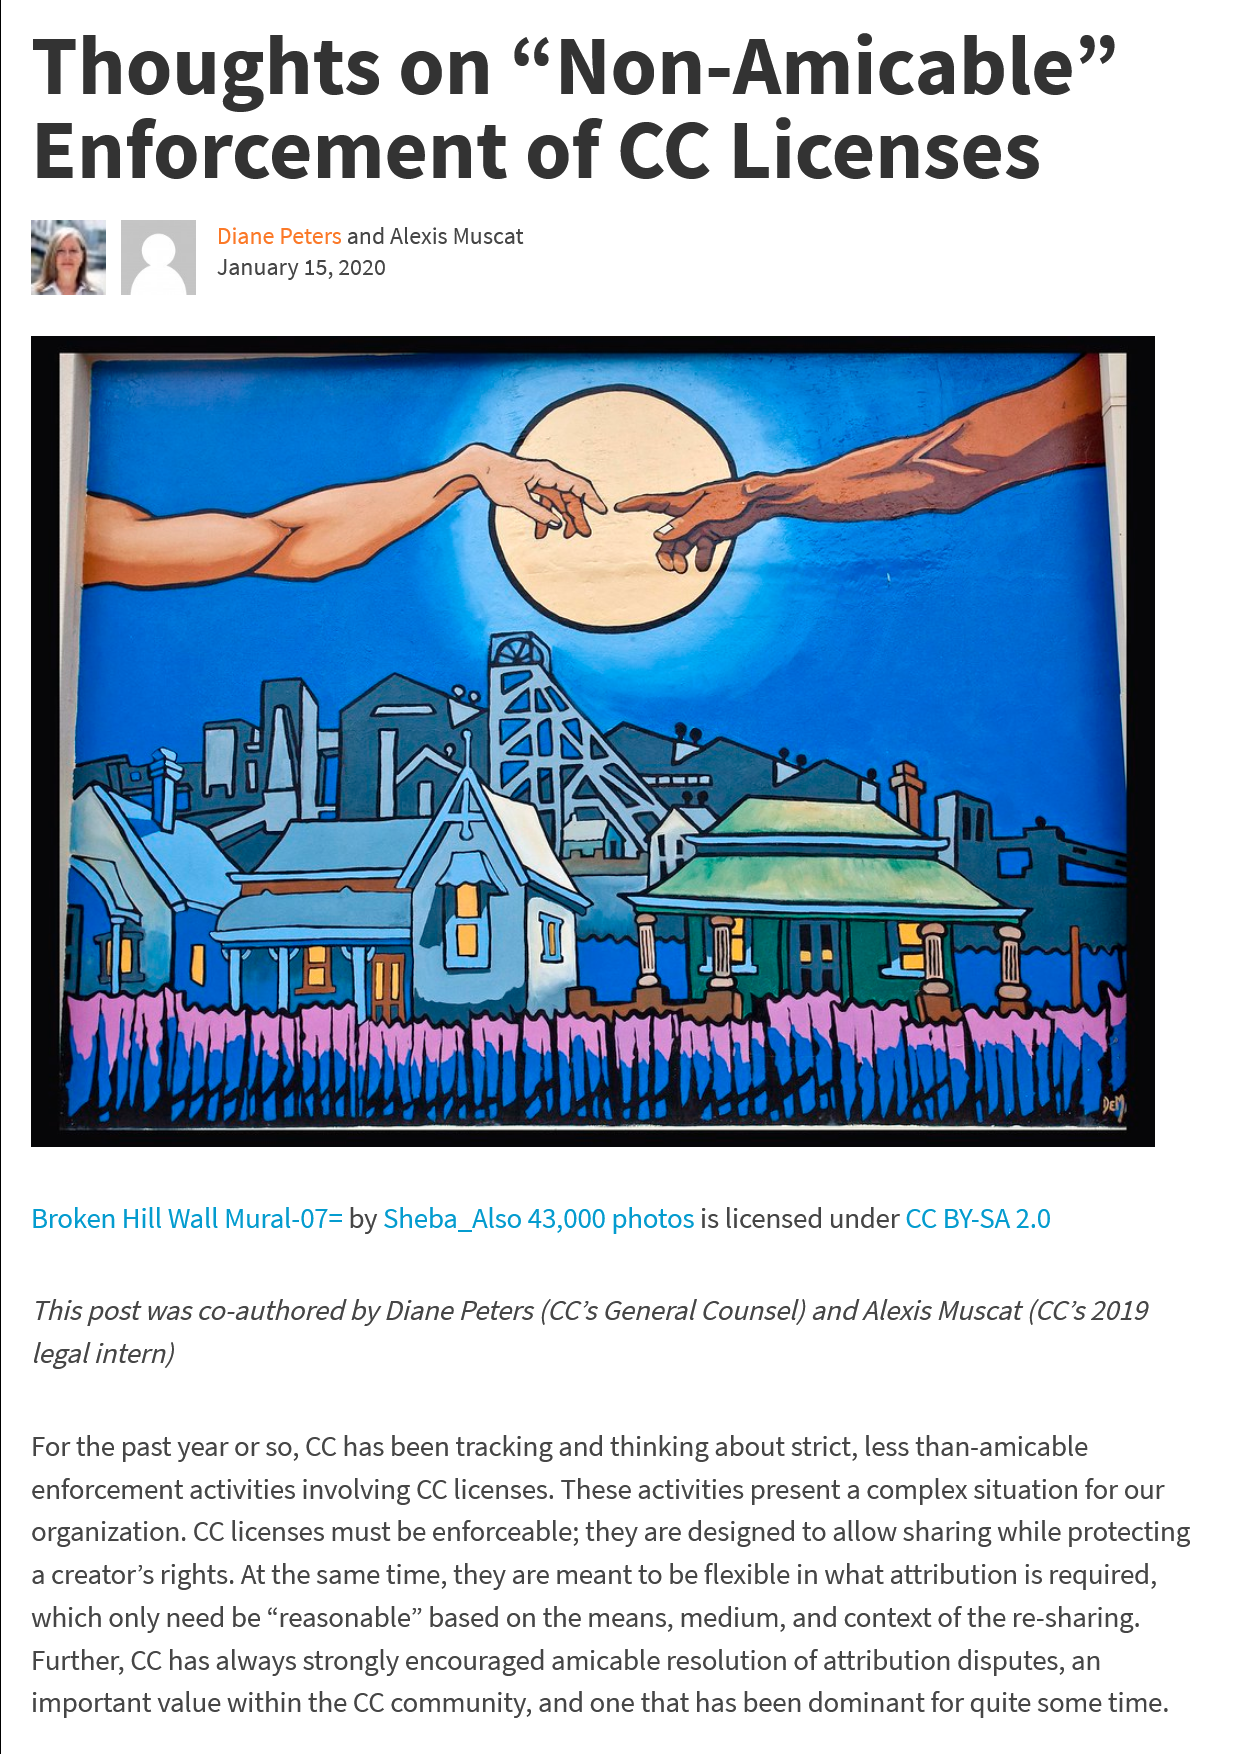
Thoughts    on    “Non-Amicable”
   Enforcement    of    CC    Licenses

     \    ——    a
     tf    ral   =
     Loa
   Broken Hill Wall Mural-07= by Sheba_Also 43,000 photos is licensed under CC BY-SA 2.0
   This post was co-authored by Diane Peters (CC’s General Counsel) and Alexis Muscat (CC’s 2019
   legal intern)
   For the past year or so, CC has been tracking and thinking about strict, less than-amicable
   enforcement activities involving CC licenses. These activities present a complex situation for our
   organization. CC licenses must be enforceable; they are designed to allow sharing while protecting
   acreator’s rights. At the same time, they are meant to be flexible in what attribution is required,
   which only need be “reasonable” based on the means, medium, and context of the re-sharing.
   Further, CC has always strongly encouraged amicable resolution of attribution disputes, an
   important value within the CC community, and one that has been dominant for quite some time.
     Diane Peters and Alexis Muscat
     January 15, 2020